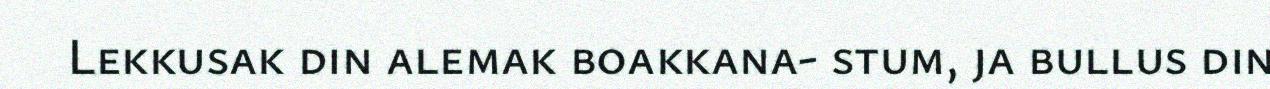
Lekkusak din alemak boakkana- stum, ja bullus din